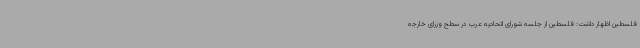
فلسطین اظهار داشت: فلسطین از جلسه شورای اتحادیه عرب در سطح وزرای خارجه